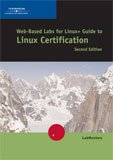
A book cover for Web-Based Labs for Eckert/Schitka's Linux+ Guide to Linux Certification; LabMentors; Computers & Technology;